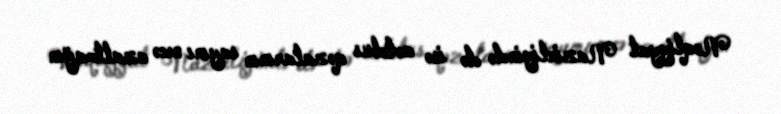
Nəqliyyat Nazirliyində də isə avtobus qəzalarının sayını necə azaltmağın